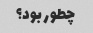
چطور بود؟